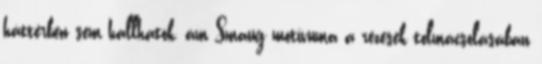
háttérben sem hallhatók, ám Smaug motívuma a rezesek tolmácsolásában